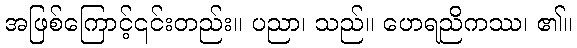
အဖြစ်ကြောင့်၎င်းတည်း။ ပညာ၊ သည်။ ဟေရညိကဿ၊ ၏။